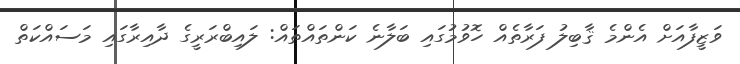
ވަޒީފާއަށް އެންމެ ޤާބިލު ފަރާތެއް ހޮވުމުގައި ބަލާނެ ކަންތައްތައް: ލައިބްރަރީގެ ދާއިރާގައި މަސައްކަތް